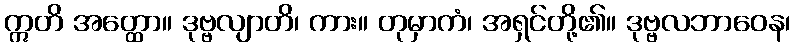
ဣတိ အတ္ထော။ ဒုဗ္ဗလျာတိ၊ ကား။ တုမှာကံ၊ အရှင်တို့၏။ ဒုဗ္ဗလဘာဝေန၊